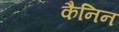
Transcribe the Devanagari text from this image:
कैनिन